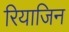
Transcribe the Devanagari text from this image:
रियाजिन